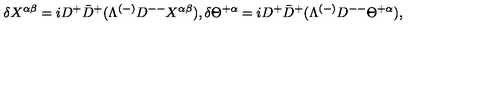
\delta X ^ { \alpha \beta } = i D ^ { + } \bar { D } ^ { + } ( \Lambda ^ { ( - ) } D ^ { -- } X ^ { \alpha \beta } ) , \delta \Theta ^ { + \alpha } = i D ^ { + } \bar { D } ^ { + } ( \Lambda ^ { ( - ) } D ^ { -- } \Theta ^ { + \alpha } ) ,